Report on the bubonic plague in Bombay, 1896-1897
Year: 1896
Disease focus: Plague
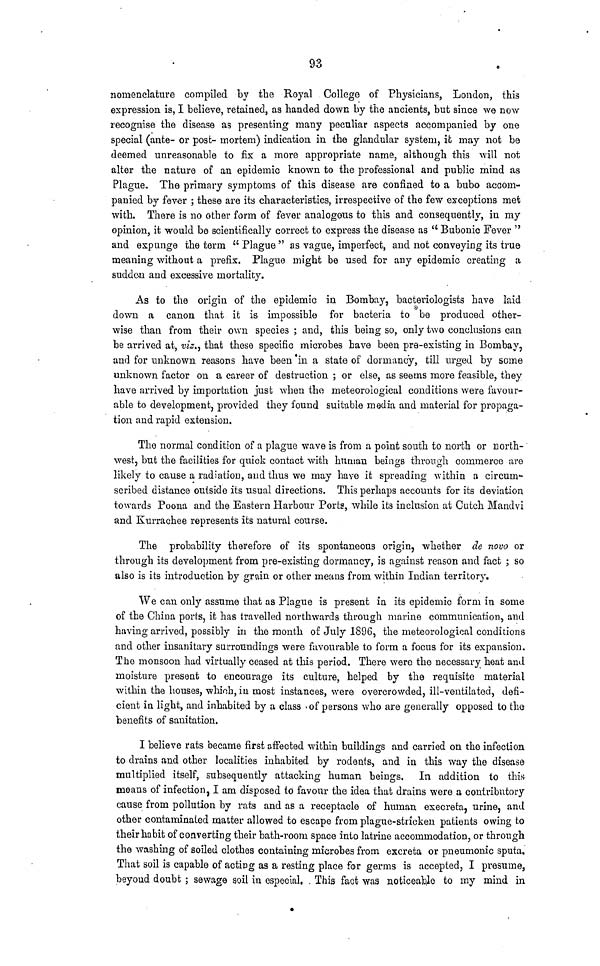
93
nomenclature compiled by the Royal College of Physicians, London, this
expression is, I believe, retained, as handed down by the ancients, but since we now
recognise the disease as presenting many peculiar aspects accompanied by one
special (ante- or post- mortem) indication in the glandular system, it may not be
deemed unreasonable to fix a more appropriate name, although this will not
alter the nature of an epidemic known to the professional and public mind as
Plague. The primary symptoms of this disease are confined to a bubo accom-
panied by fever , these are its characteristics, irrespective of the few exceptions met
with. There is no other form of fever analogous to this and consequently, in my
opinion, it would be scientifically correct to express the disease as "Bubonic Fever"
and expunge the term "Plague" as vague, imperfect, and not conveying its true
meaning without a prefix. Plague might be used for any epidemic creating a
sudden and excessive mortality.
As to the origin of the epidemic in Bombay, bacteriologists have laid
down a canon that it is impossible for bacteria to be produced other-
wise than from their own species ; and, this being so, only two conclusions can
be arrived at, viz., that these specific microbes have been pre-existing in Bombay,
and for unknown reasons have been in a state of dormancy, till urged by some
unknown factor on a career of destruction ; or else, as seems more feasible, they
have arrived by importation just when the meteorological conditions were favour-
able to development, provided they found suitable media and material for propaga-
tion and rapid extension.
The normal condition of a plague wave is from a point south to north or north-
west, but the facilities for quick contact with human beings through commerce are
likely to cause a radiation, and thus we may have it spreading within a circum-
scribed distance outside its usual directions. This perhaps accounts for its deviation
towards Poona and the Eastern Harbour Ports, while its inclusion at Cutch Mandvi
and Kurrachee represents its natural course.
The probability therefore of its spontaneous origin, whether de novo or
through its development from pre-existing dormancy, is against reason and fact ; so
also is its introduction by grain or other means from within Indian territory.
We can only assume that as Plague is present in its epidemic form in some
of the China ports, it has travelled northwards through marine communication, and
having arrived, possibly in the month of July 1896, the meteorological conditions
and other insanitary surroundings were favourable to form a focus for its expansion.
The monsoon had virtually ceased at this period. There were the necessary heat and
moisture present to encourage its culture, helped by the requisite material
within the houses, which, in most instances, were overcrowded, ill-ventilated, defi-
cient in light, and inhabited by a class of persons who are generally opposed to the
benefits of sanitation.
I believe rats became first affected within buildings and carried on the infection
to drains and other localities inhabited by rodents, and in this way the disease
multiplied itself, subsequently attacking human beings. In addition to this
means of infection, I am disposed to favour the idea that drains were a contributory
cause from pollution by rats and as a receptacle of human execreta, urine, and
other contaminated matter allowed to escape from plague-stricken patients owing to
their ha bit of converting their bath-room space into latrine accommodation, or through
the washing of soiled clothes containing microbes from excreta or pneumonic sputa.
That soil is capable of acting as a resting place for germs is accepted, I presume,
beyoud doubt ; sewage soil in especial. This fact was noticeable to my mind in